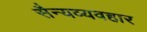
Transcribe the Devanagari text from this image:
सैन्यव्यवहार